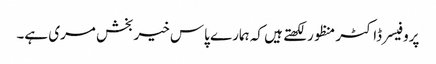
پروفیسر ڈاکٹر منظور لکھتے ہیں کہ ہمارے پاس خیربخش مری ہے۔